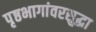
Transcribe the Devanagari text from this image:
पृष्ठभागांवरसुद्धा